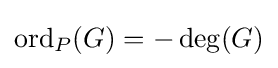
\mathrm {ord} _{P}(G)=-\deg(G)